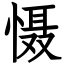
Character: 慑